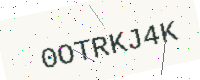
Text: 0OTRKJ4K